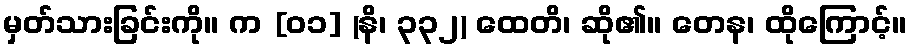
မှတ်သားခြင်းကို။ က [၀၁] (နိ၊ ၃၃၂) ထေတိ၊ ဆို၏။ တေန၊ ထိုကြောင့်။